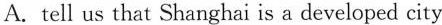
A.tell us that Shanghai is a developed city